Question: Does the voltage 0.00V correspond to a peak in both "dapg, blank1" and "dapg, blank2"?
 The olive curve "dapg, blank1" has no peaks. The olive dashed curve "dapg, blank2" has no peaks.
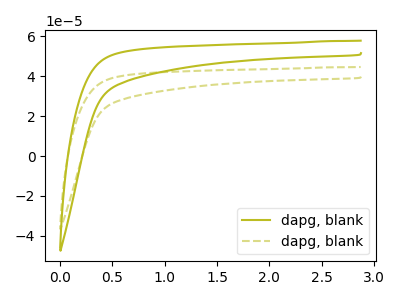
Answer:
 <answer>No, "dapg, blank1" and "dapg, blank2" dont share a peak at 0.00V.</answer>
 <eval>mismatch</eval>